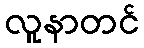
လူနာတင်